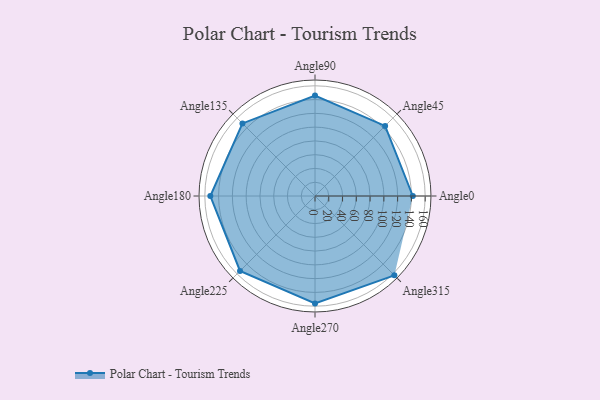
{"axis": {"x": "Angle", "y": "Radius"}, "legend": [""], "data": [{"x": "Angle0", "y": 142.0, "type": ""}, {"x": "Angle45", "y": 144.0, "type": ""}, {"x": "Angle90", "y": 146.0, "type": ""}, {"x": "Angle135", "y": 149.0, "type": ""}, {"x": "Angle180", "y": 152.0, "type": ""}, {"x": "Angle225", "y": 154.0, "type": ""}, {"x": "Angle270", "y": 156.0, "type": ""}, {"x": "Angle315", "y": 163.0, "type": ""}]}